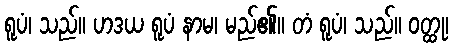
ရူပံ၊ သည်။ ဟဒယ ရူပံ နာမ၊ မည်၏။ တံ ရူပံ၊ သည်။ ဝတ္ထု၊